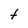
Character: t